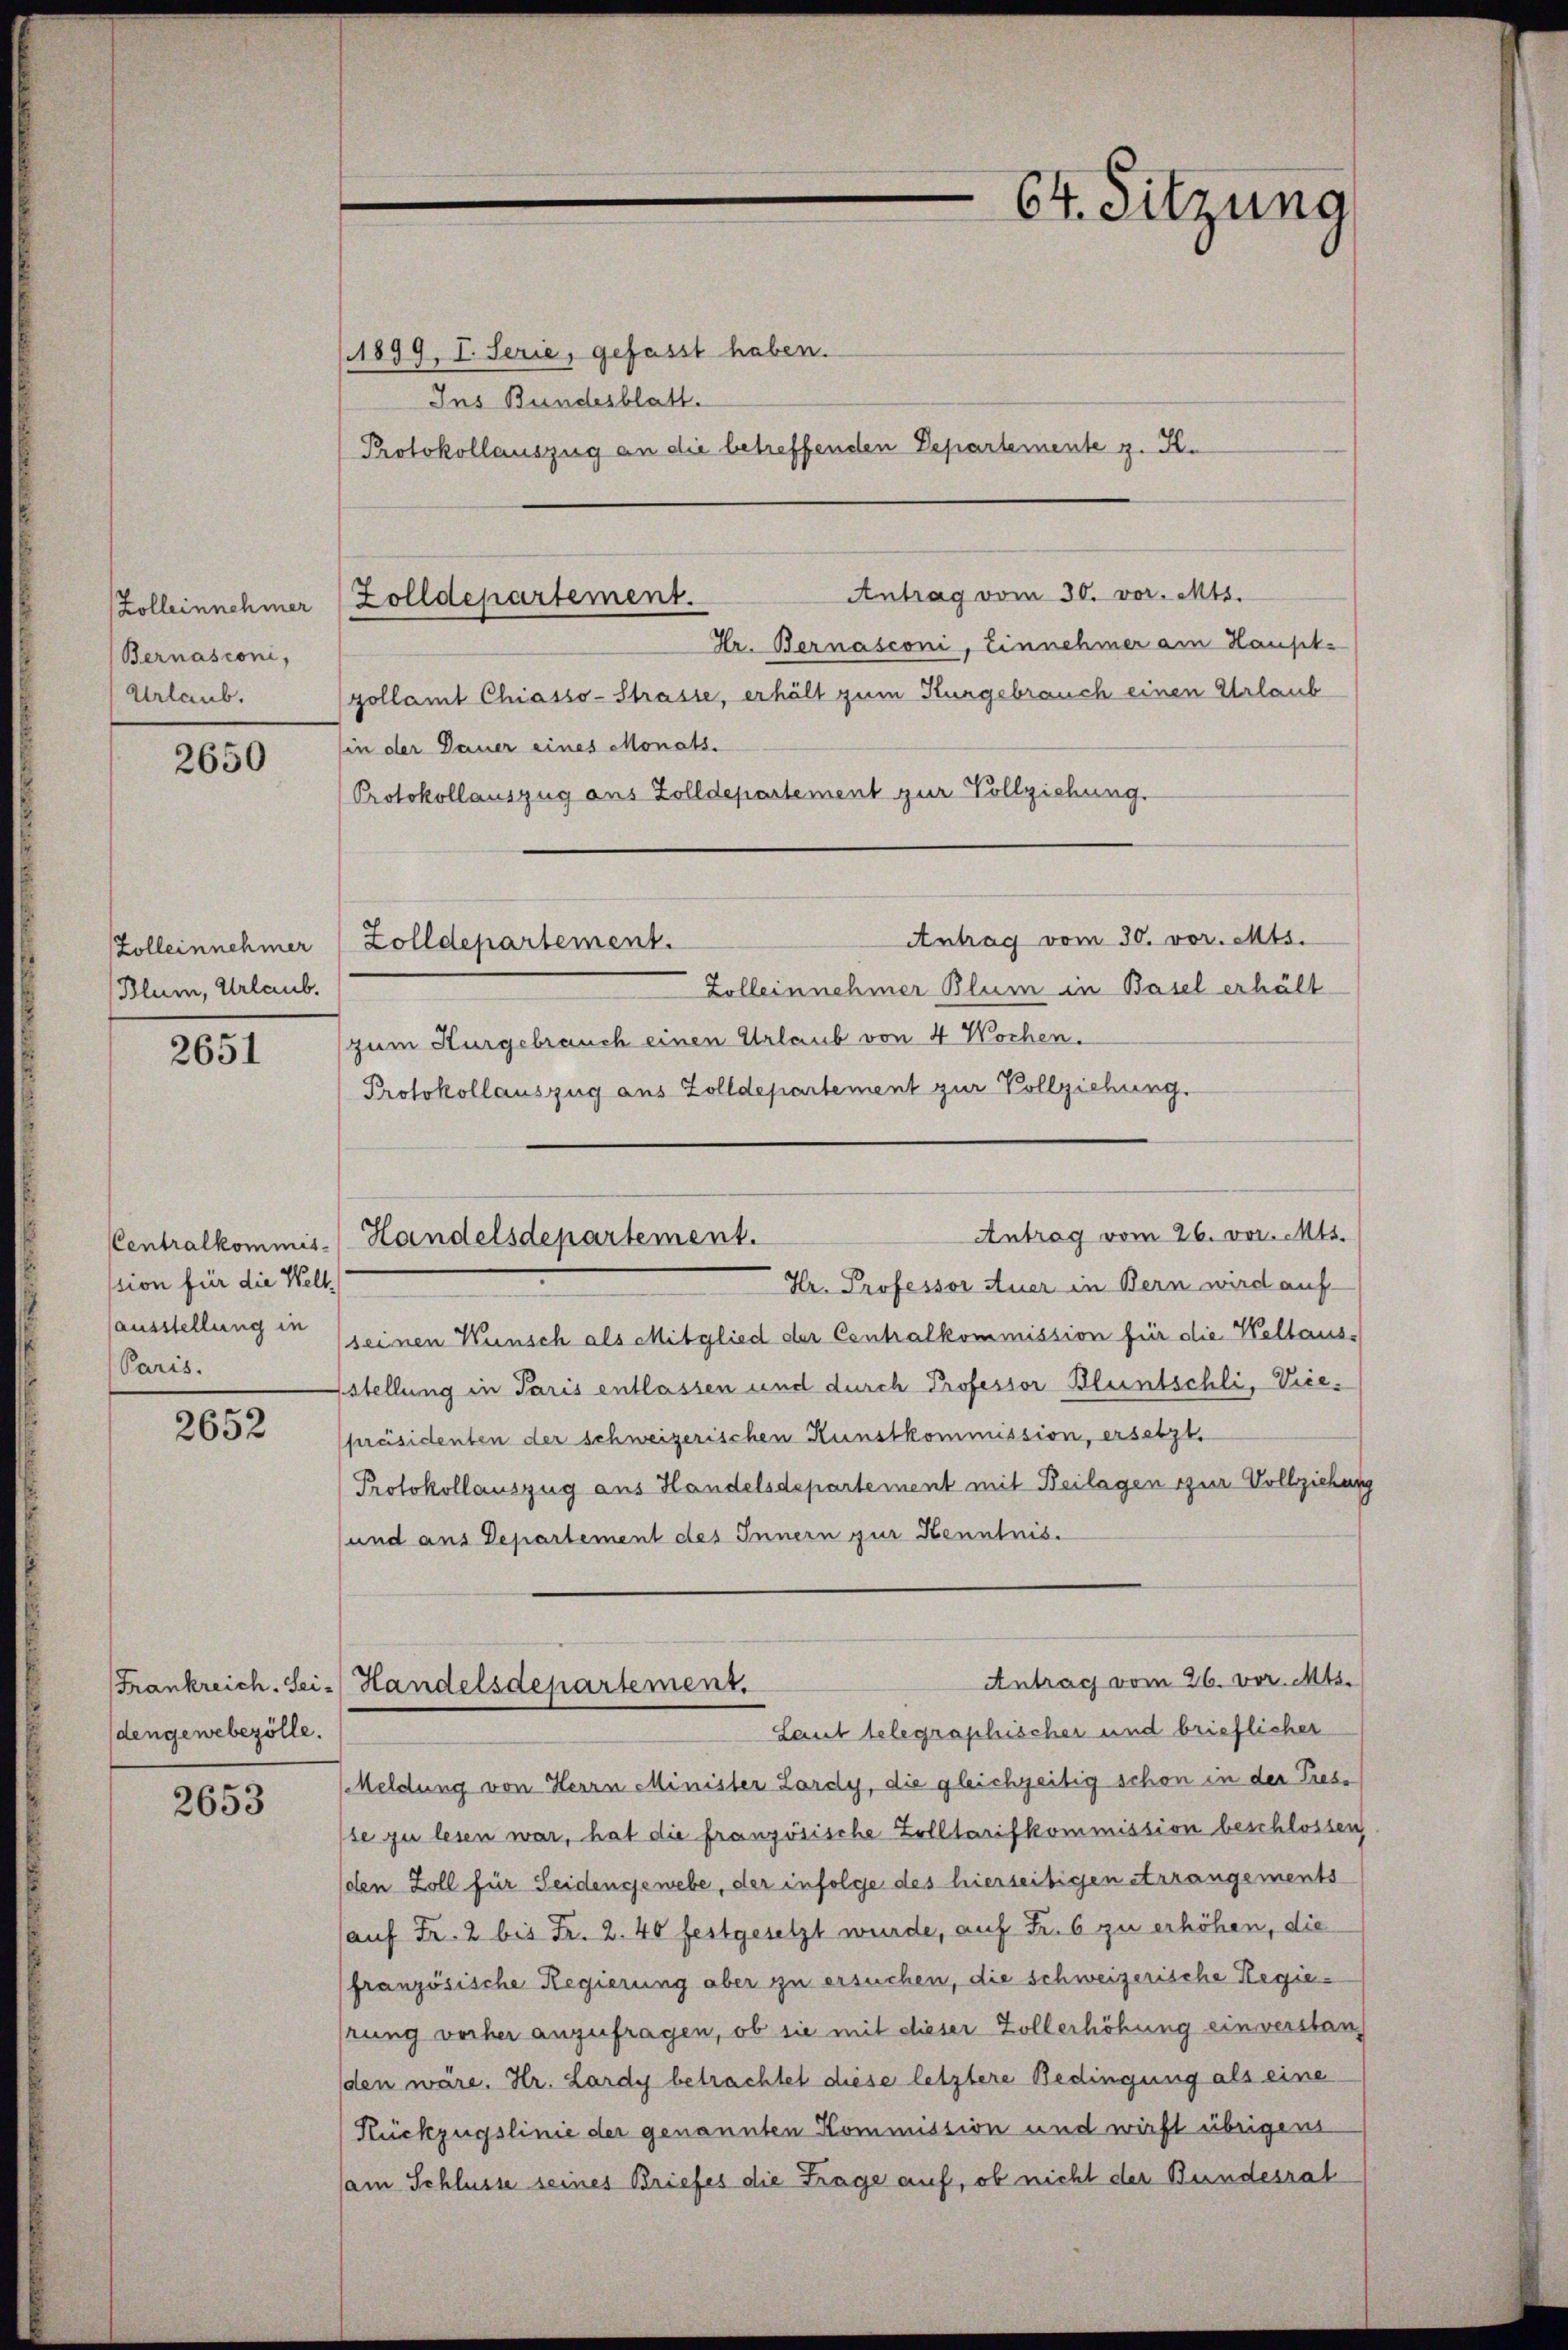
Zolleinnehmer
Bernasconi,
Urlaub.

2650

Blum, Urlaub.

2651

ssion für die Welt¬
Paris.

2652

dengewebezölle.

2653

(1899, I. Serie, gefasst haben.
Ins Bundesblatt.
Protokollauszug an die betreffenden Departemente z. K.

Zolldepartement.

Hr. Bernasconi, Einnehmer am Haupt-
zollamt Chiasso-Strasse, erhält zum Hungebrauch einen Urlaub
in der Dauer eines Monats.
Protokollauszug aus Zolldepartement zur Vollziehung.
Antrag vom 30. vor. Mts.
Zolleinnehmer (Zolldepartement.

Antrag vom 30. vor. Mts.

Zolleinnehmer Blum in Basel erhält
zum Kurgebrauch einen Urlaub von 4 Wochen.
Protokollauszug aus Zolldepartement zur Vollziehung.

64. Sitzung

Hr. Professor Auer in Bern wird auf
ausstellung in seinen Wunsch als Mitglied der Centralkommission für die Weltaus-
sstellung in Paris entlassen und durch Professor Bluntschli, Vicepräsidenten der schweizerischen Kunstkommission, ersetzt,
Protokollauszug aus Handelsdepartement mit Beilagen zur Vollziehung
und aus Departement des Innern zur Kenntnis.
Meldung von Herrn Minister Lardy, die gleichzeitig schon in der Pres-
se zu lesen war, hat die französische Zolltarifkommission beschlossen
den Zoll für Seidengewebe, der infolge des hierseitigen Arrangements
(auf Fr. 2 bis Fr. 2. 40 festgesetzt wurde, auf Fr. 6 zu erhöhen, die
französische Regierung aber zu ersuchen, die schweizerische Regiehrung vorher anzufragen, ob sie mit dieser Zollerhöhung einverstanden wäre. Hr. Lardy betrachtet diese letztere Bedingung als eine
Rückzugslinie der genannten Kommission und wirft übrigen
am Schlusse seines Briefes die Frage auf, ob nicht der Bundesrat

Antrag vom 26. vor. Mts.
Centralkommis. Handelsdepartement.

Antrag vom 26. vor. Mts.
Frankreich. Sei Handelsdepartement.
Laut telegraphischer und brieflicher